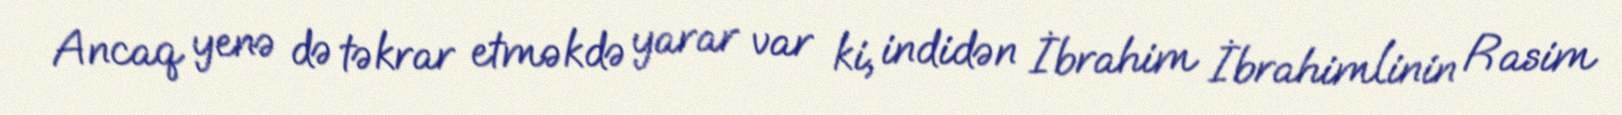
Ancaq yenə də təkrar etməkdə yarar var ki, indidən İbrahim İbrahimlinin Rasim